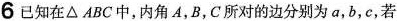
6已知在\triangle ABC中，内角A，B，C所对的边分别为a，b，c，若